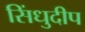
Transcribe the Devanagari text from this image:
सिंधुदीप